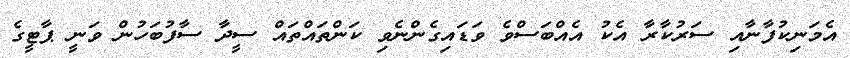
އެމަނިކުފާނާއި ސަރުކާރާ އެކު އެއްބަސްވެ ވަޑައިގެންނެވި ކަންތައްތައް ސީދާ ސާފުބަހުން ވަނީ ޕާޓީގެ